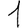
Digit: 1